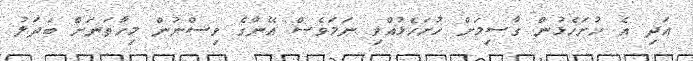
އަދި އެ ހުށަހެޅުން ގާސިމަށް ހުށަހެޅުއްވި ނަމަވެސް އޭނާގެ ވިސްނުން މިހާތަނަށް ބަދަލު